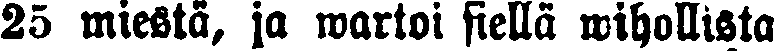
25 miestä, ja wartoi siellä wihollista